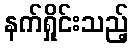
နက်ရှိုင်းသည့်